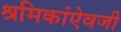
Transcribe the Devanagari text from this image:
श्रमिकांऐवजी